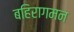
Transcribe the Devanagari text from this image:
बहिरागमन